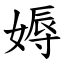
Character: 媷